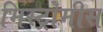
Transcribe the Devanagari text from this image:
मिस्ट्रोमीस